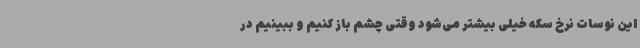
این نوسات نرخ سکه خیلی بیشتر می‌شود وقتی چشم باز کنیم و ببینیم در